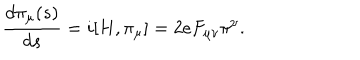
LaTeX: \frac { d \pi _ { \mu } ( s ) } { d s } = i [ H , \pi _ { \mu } ] = 2 e F _ { \mu \nu } \pi ^ { \nu } .